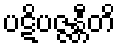
ပဋိပဇ္ဇန္တီတိ